65_HS1-834228961_62-HQ-83894_Section_8
Agency: FBI
Page 101
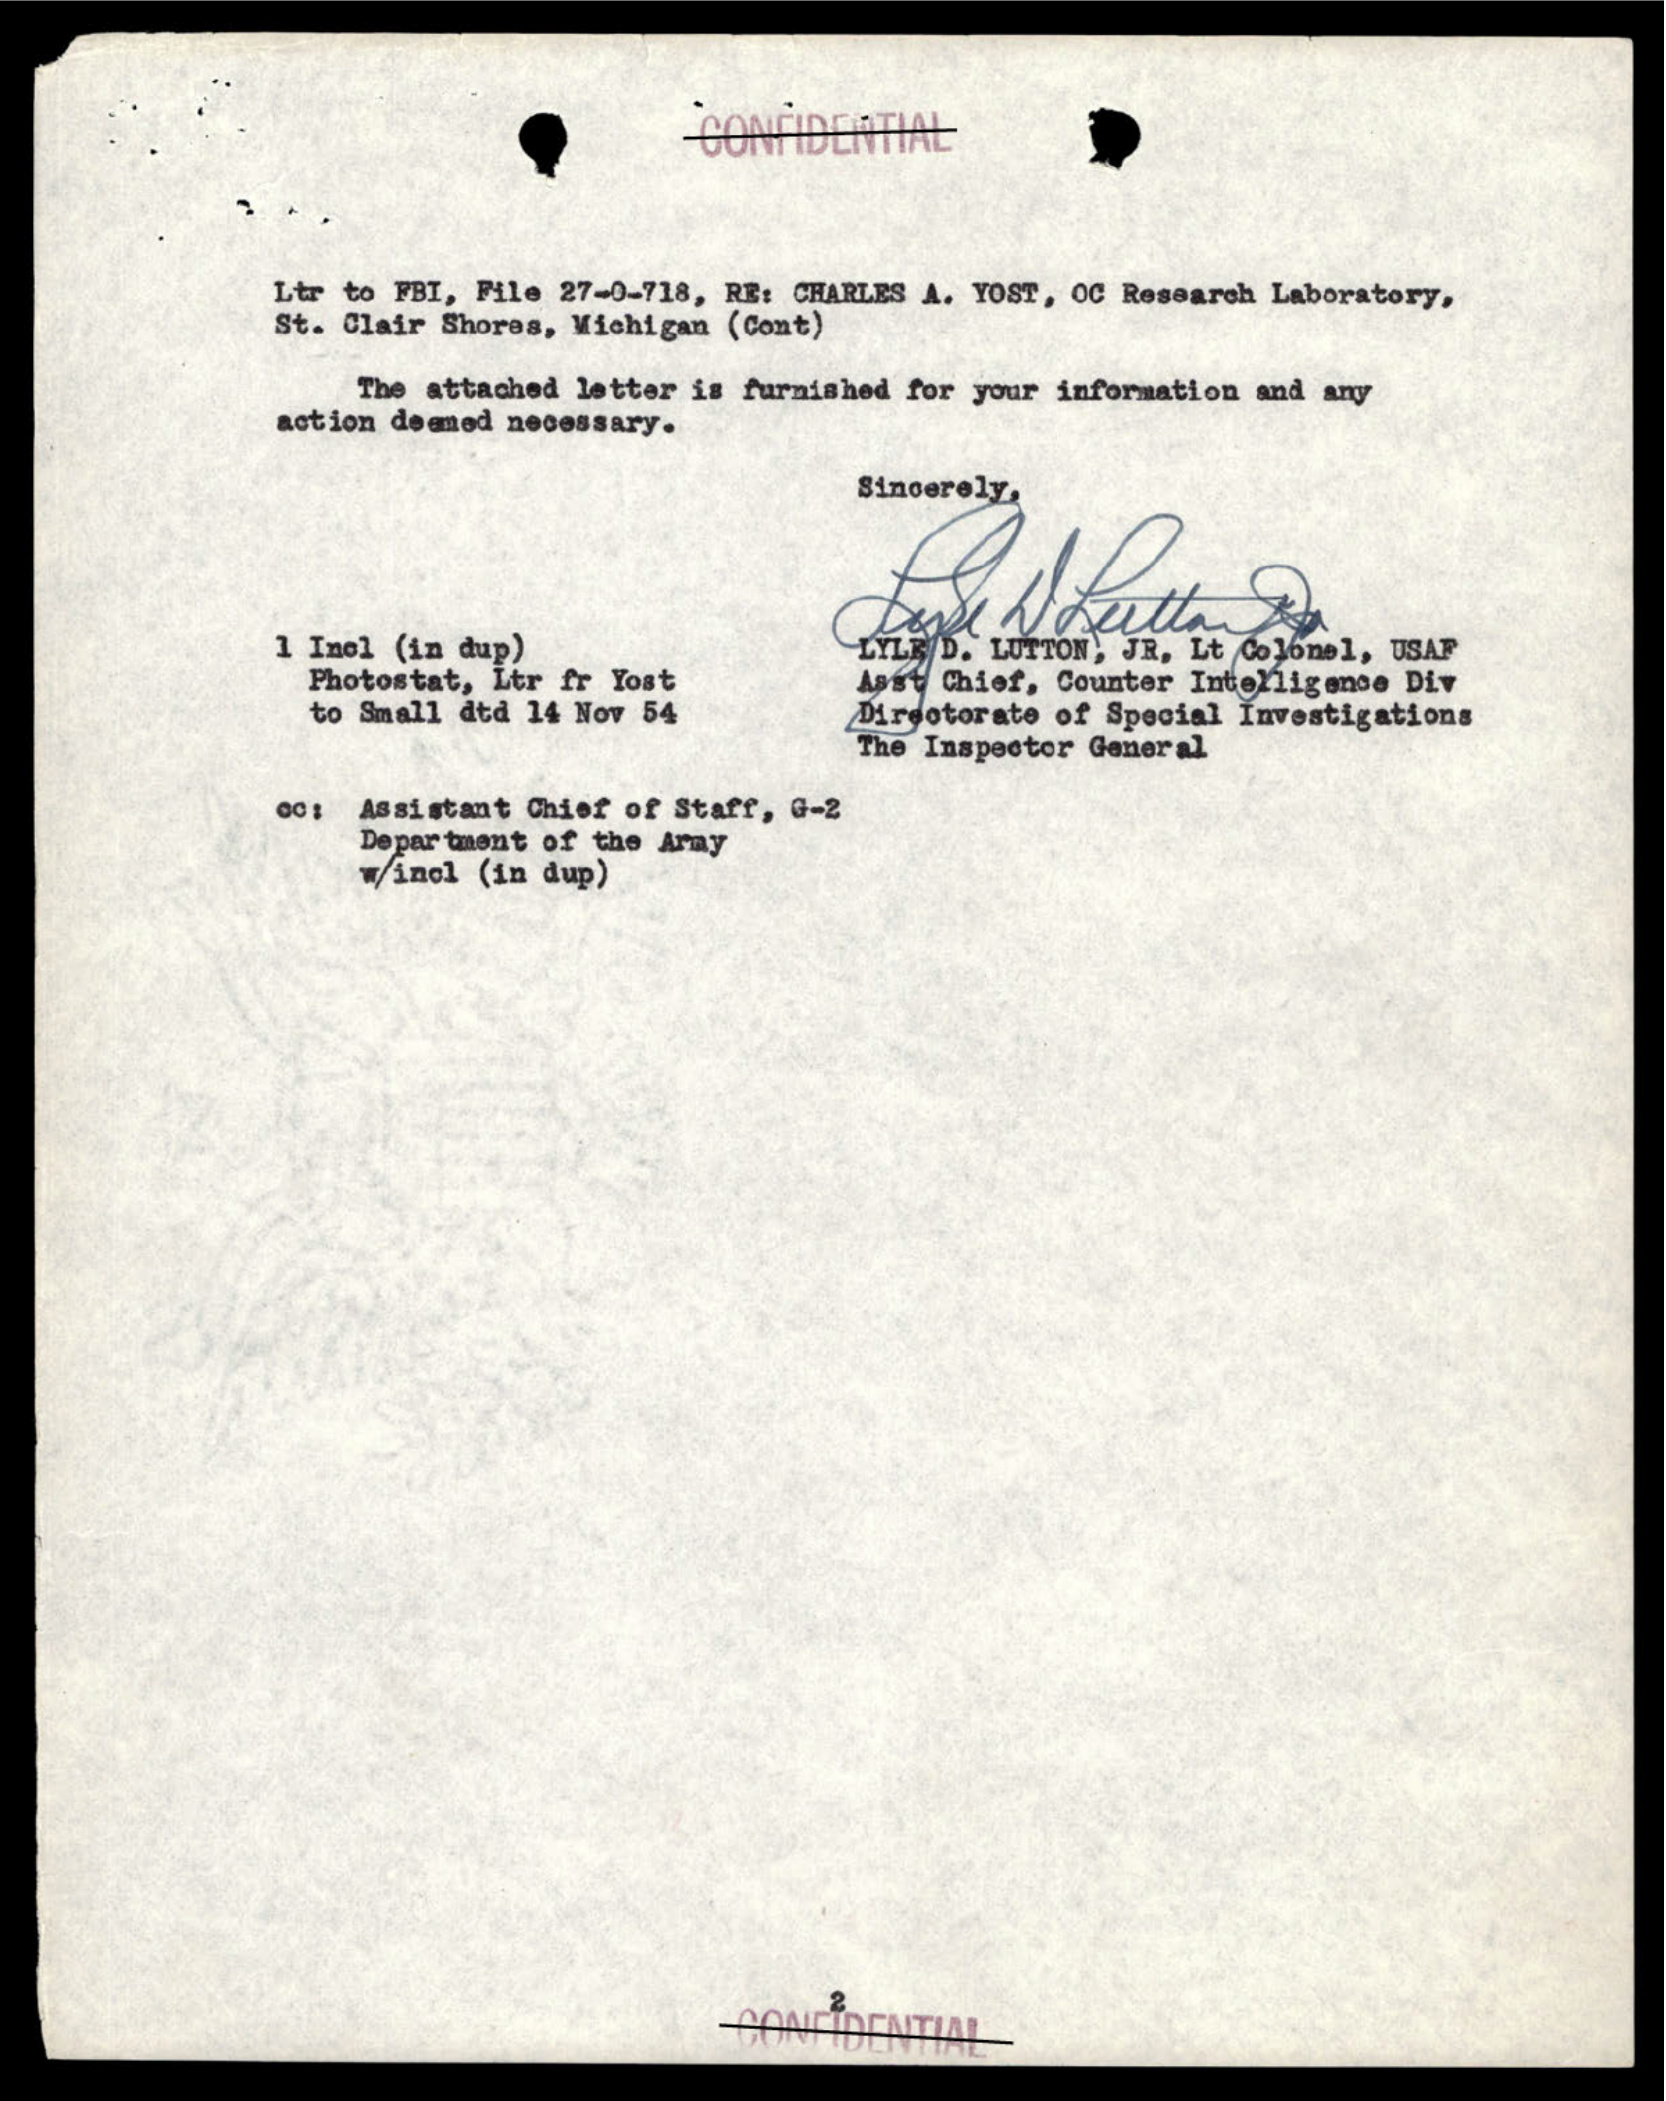